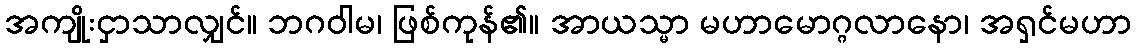
အကျိုးငှာသာလျှင်။ ဘဂဝါမ၊ ဖြစ်ကုန်၏။ အာယသ္မာ မဟာမောဂ္ဂလာနော၊ အရှင်မဟာ